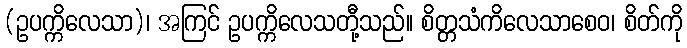
(ဥပက္ကိလေသာ)၊ အကြင် ဥပက္ကိလေသတီု့သည်။ စိတ္တသံကိလေသာစေဝ၊ စိတ်ကို